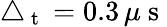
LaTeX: \triangle_{\mathrm{~t~}}=0.3\, \mu\mathrm{~s~}